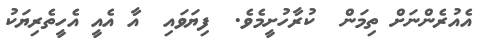
އެއުރެންނަށް ތިމަން  ކުރާހުށީމެވެ.  ފިޔަވައި  އާ އެއީ އެހީތެރިޔަކު